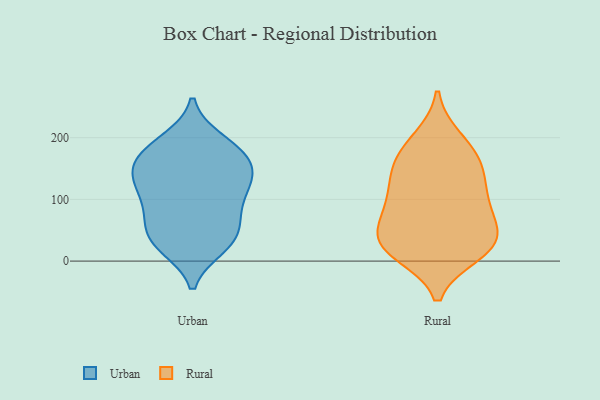
{"axis": {"x": "Gross Profit (USD K)", "y": "Value"}, "legend": ["Rural", "Urban"], "data": [{"x": "", "y": 28, "type": "Urban"}, {"x": "", "y": 165, "type": "Urban"}, {"x": "", "y": 140, "type": "Urban"}, {"x": "", "y": 81, "type": "Urban"}, {"x": "", "y": 128, "type": "Urban"}, {"x": "", "y": 175, "type": "Urban"}, {"x": "", "y": 27, "type": "Urban"}, {"x": "", "y": 113, "type": "Urban"}, {"x": "", "y": 196, "type": "Urban"}, {"x": "", "y": 35, "type": "Urban"}, {"x": "", "y": 167, "type": "Urban"}, {"x": "", "y": 138, "type": "Urban"}, {"x": "", "y": 129, "type": "Urban"}, {"x": "", "y": 52, "type": "Urban"}, {"x": "", "y": 23, "type": "Urban"}, {"x": "", "y": 110, "type": "Urban"}, {"x": "", "y": 166, "type": "Urban"}, {"x": "", "y": 73, "type": "Urban"}, {"x": "", "y": 72, "type": "Urban"}, {"x": "", "y": 194, "type": "Urban"}, {"x": "", "y": 198, "type": "Rural"}, {"x": "", "y": 148, "type": "Rural"}, {"x": "", "y": 13, "type": "Rural"}, {"x": "", "y": 96, "type": "Rural"}, {"x": "", "y": 31, "type": "Rural"}, {"x": "", "y": 17, "type": "Rural"}, {"x": "", "y": 81, "type": "Rural"}, {"x": "", "y": 35, "type": "Rural"}, {"x": "", "y": 120, "type": "Rural"}, {"x": "", "y": 64, "type": "Rural"}, {"x": "", "y": 30, "type": "Rural"}, {"x": "", "y": 158, "type": "Rural"}, {"x": "", "y": 28, "type": "Rural"}, {"x": "", "y": 152, "type": "Rural"}, {"x": "", "y": 186, "type": "Rural"}, {"x": "", "y": 95, "type": "Rural"}]}